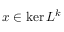
x \in \ker L ^ { k }